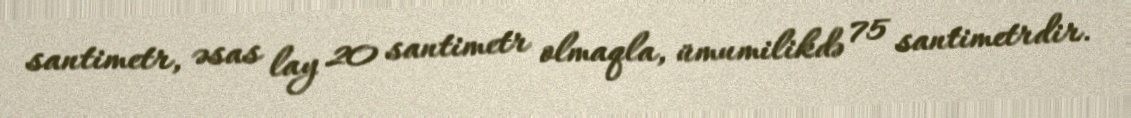
santimetr, əsas lay 20 santimetr olmaqla, ümumilikdə 75 santimetrdir.